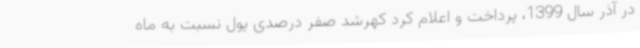
در آذر سال 1399، پرداخت و اعلام کرد کهرشد صفر درصدی پول نسبت به ماه